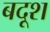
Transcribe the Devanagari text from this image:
बदूश